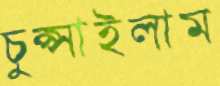
চুপ্‌সাইলাম